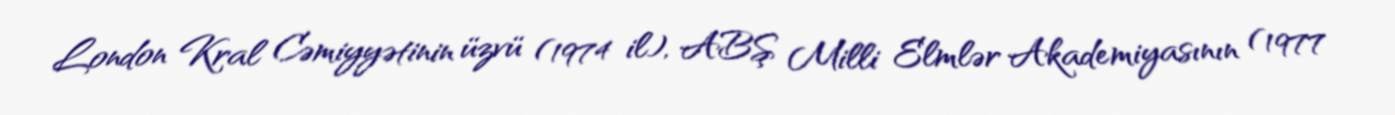
London Kral Cəmiyyətinin üzvü (1974 il), ABŞ Milli Elmlər Akademiyasının (1977